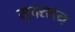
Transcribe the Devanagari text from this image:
सुदरशन